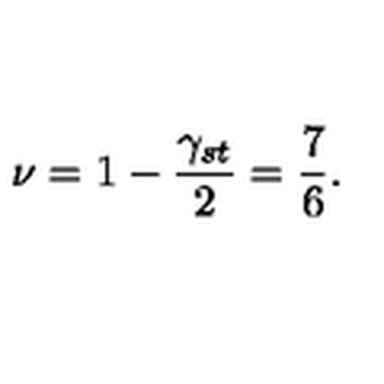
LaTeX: \nu = 1 - \frac { \gamma _ { s t } } { 2 } = \frac { 7 } { 6 } .